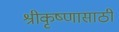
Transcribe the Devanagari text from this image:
श्रीकृष्णासाठी